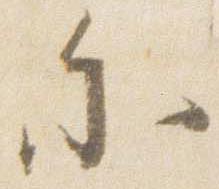
参